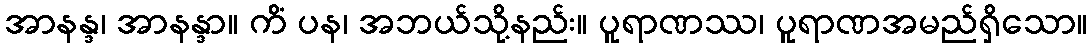
အာနန္ဒ၊ အာနန္ဒာ။ ကိံ ပန၊ အဘယ်သို့နည်း။ ပူရာဏဿ၊ ပူရာဏအမည်ရှိသော။